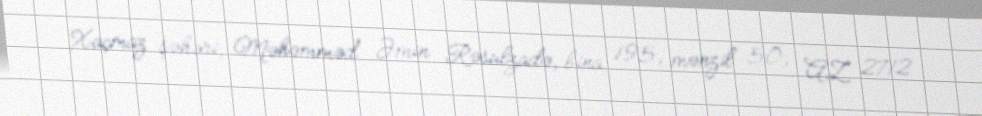
Xaçmaz şəhəri, Məhəmməd Əmin Rəsulzadə, bina 195, mənzil 50, AZ 2712